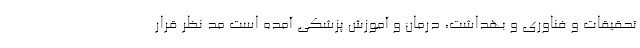
تحقیقات و فناوری و بهداشت، درمان و آموزش پزشکی آمده است مد نظر قرار